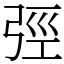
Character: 弳